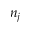
n _ { j }